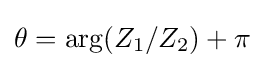
\theta =\arg(Z_{1}/Z_{2})+\pi